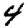
Digit: 4